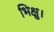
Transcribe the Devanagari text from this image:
भिक्षु।